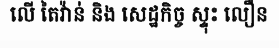
លើ តៃវ៉ាន់ និង សេដ្ឋកិច្ច ស្ទុះ លឿន